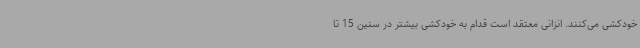
خودکشی می‌کنند. انزانی معتقد است قدام به خودکشی بیشتر در سنین 15 تا